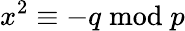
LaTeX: x^{2}\equiv-q{\bmod{p}}